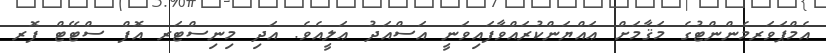
އެމްޕަވަރމެންންޓުގެ މަޤާމަށް ޢައްޔަންކުރައްވާފައިވަނީ އަސްއަދު ޢަލީއެވެ. އަދި މިނިސްޓަރ އޮފް ސްޓޭޓް ފޮރ